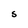
Character: S